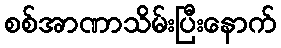
စစ်အာဏာသိမ်းပြီးနောက်